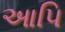
આપિ